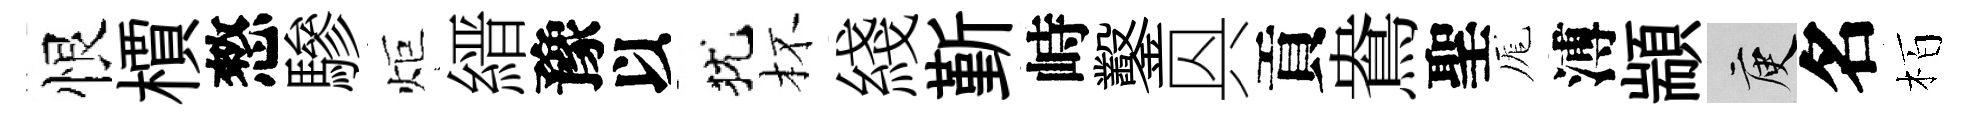
恨檟憗驂炬縉豫以犹杯綫斳峙鑿㒷貢鴦聖厖溥顓庾名栢